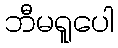
ဘီမရူပေါ